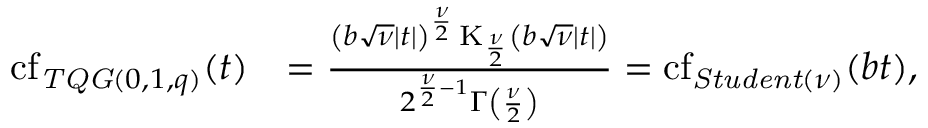
\begin{array} { r l } { \operatorname { c f } _ { \mathit { T Q G } ( 0 , 1 , q ) } ( t ) } & { = \frac { \left( b \sqrt { \nu } | t | \right) ^ { \frac { \nu } { 2 } } \operatorname { K } _ { \frac { \nu } { 2 } } \left( b \sqrt { \nu } | t | \right) } { 2 ^ { \frac { \nu } { 2 } - 1 } \Gamma \left( \frac { \nu } { 2 } \right) } = \operatorname { c f } _ { \mathit { S t u d e n t } ( \nu ) } ( b t ) , } \end{array}